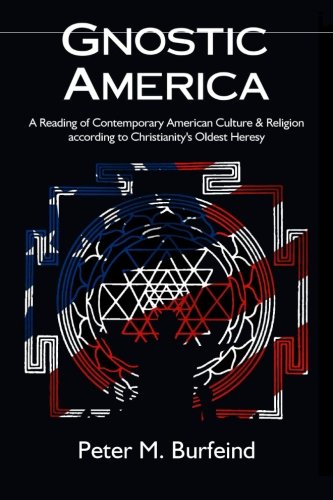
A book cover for Gnostic America: A Reading of Contemporary American Culture & Religion according to Christianity's Oldest Heresy; Peter M Burfeind; Christian Books & Bibles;